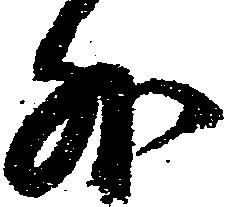
外